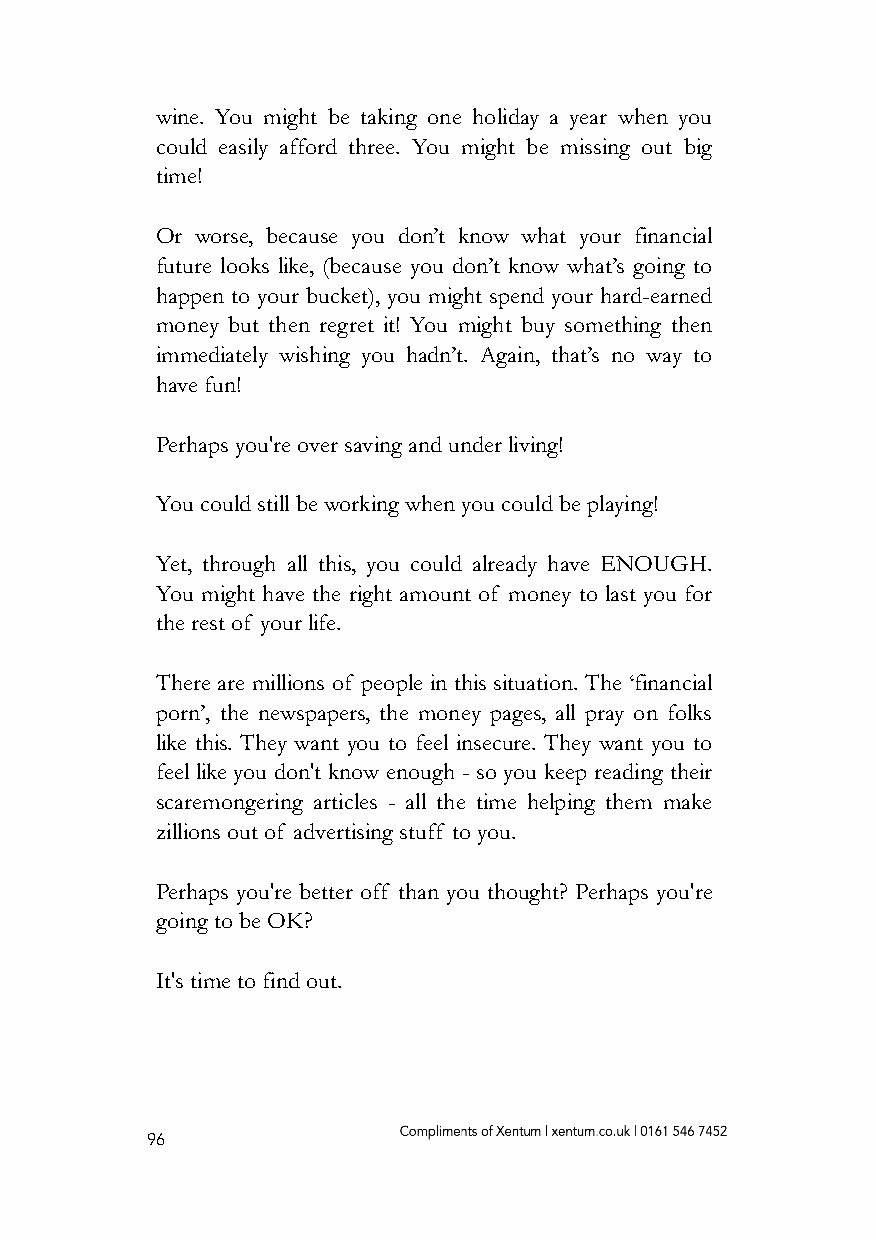
wine. You might be taking one holiday a year when you
 could easily afford three. You might be missing out big
 time!
 Or worse, because you don’t know what your financial
 future looks like, (because you don’t know what’s going to
 happen to your bucket), you might spend your hard-earned
 money but then regret it! You might buy something then
 immediately wishing you hadn’t. Again, that’s no way to
 have fun!
 Perhaps you're over saving and under living!
 You could still be working when you could be playing!
 Yet, through all this, you could already have ENOUGH.
 You might have the right amount of money to last you for
 the rest of your life.
 There are millions of people in this situation. The ‘financial
 porn’, the newspapers, the money pages, all pray on folks
 like this. They want you to feel insecure. They want you to
 feel like you don't know enough - so you keep reading their
 scaremongering articles - all the time helping them make
 zillions out of advertising stuff to you.
 Perhaps you're better off than you thought? Perhaps you're
 going to be OK?
 It's time to find out.
 96